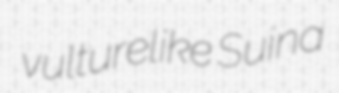
vulturelike Suina